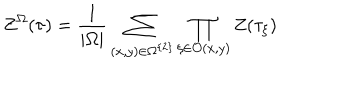
Z ^ { \Omega } ( \tau ) = \frac { 1 } { | \Omega | } \sum _ { ( x , y ) \in \Omega ^ { \left\{ 2 \right\} } } \prod _ { \xi \in \mathcal { O } ( x , y ) } Z ( \tau _ { \xi } )